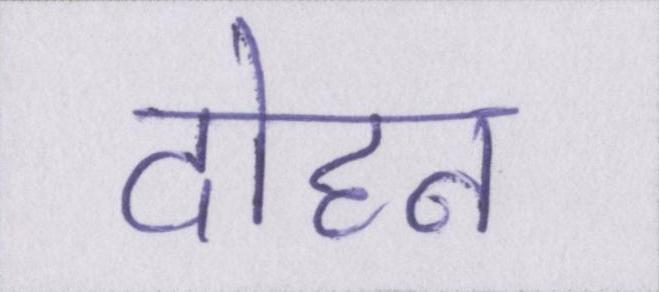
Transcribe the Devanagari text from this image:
दोहन